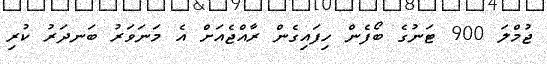
ޖުމްލަ 900 ޓަނުގެ ބޯފެން ހިފައިގެން ރާއްޖެއަށް އެ މަނަވަރު ބަނދަރު ކުރި